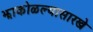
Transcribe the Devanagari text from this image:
झाकोळल्यासारखे